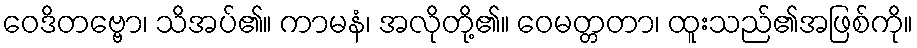
ဝေဒိတဗ္ဗော၊ သိအပ်၏။ ကာမနံ၊ အလိုတို့၏။ ဝေမတ္တတာ၊ ထူးသည်၏အဖြစ်ကို။